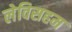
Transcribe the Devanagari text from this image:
लेविसहम